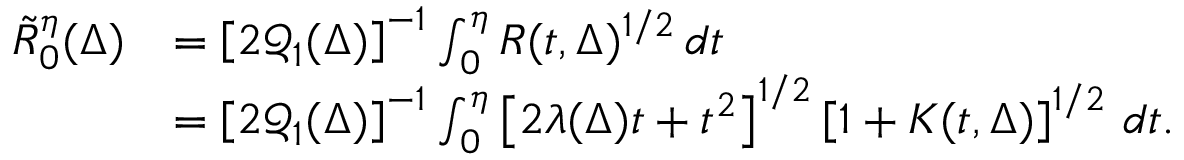
\begin{array} { r l } { \tilde { R } _ { 0 } ^ { \eta } ( \Delta ) } & { = \left[ 2 \mathcal Q _ { 1 } ( \Delta ) \right] ^ { - 1 } \int _ { 0 } ^ { \eta } R ( t , \Delta ) ^ { 1 / 2 } \, d t } \\ & { = \left[ 2 \mathcal Q _ { 1 } ( \Delta ) \right] ^ { - 1 } \int _ { 0 } ^ { \eta } \left[ 2 \lambda ( \Delta ) t + t ^ { 2 } \right] ^ { 1 / 2 } \left[ 1 + K ( t , \Delta ) \right] ^ { 1 / 2 } \, d t . } \end{array}